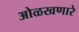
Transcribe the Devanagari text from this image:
ओळखणारे